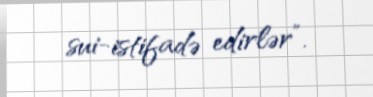
sui-istifadə edirlər”.